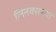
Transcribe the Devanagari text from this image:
लिनक्सच्या